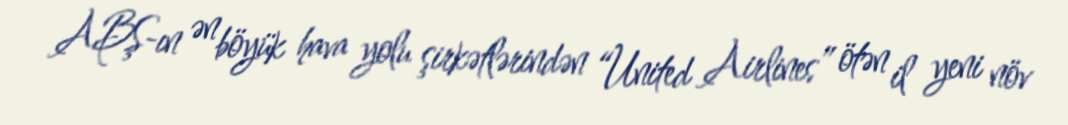
ABŞ-ın ən böyük hava yolu şirkətlərindən “United Airlines” ötən il yeni növ